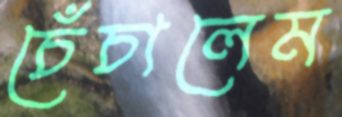
চেঁচালেম